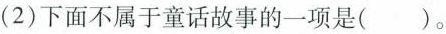
(2)下面不属于童话故事的一项是（）。